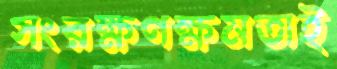
সংরক্ষণক্ষমতাই